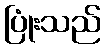
ပြုံးသည်